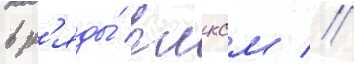
в р'яды́ влксм //